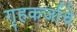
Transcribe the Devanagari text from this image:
गृहकर्जाचे